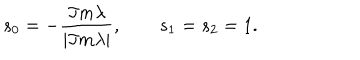
LaTeX: s _ { 0 } = - { \frac { \Im m \lambda } { | \Im m \lambda | } } , \qquad s _ { 1 } = s _ { 2 } = 1 .